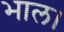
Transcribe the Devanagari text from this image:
भाल।